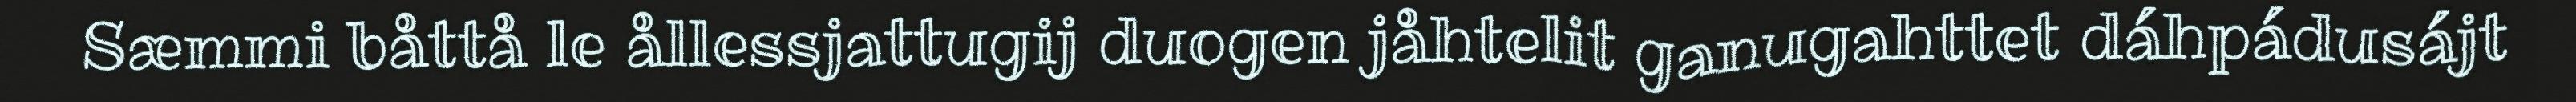
Sæmmi båttå le ållessjattugij duogen jåhtelit ganugahttet dáhpádusájt